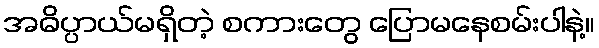
အဓိပ္ပာယ်မရှိတဲ့ စကားတွေ ပြောမနေစမ်းပါနဲ့။